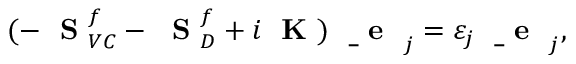
( - \mathrm { ~ \bf ~ S ~ } _ { V C } ^ { f } - \mathrm { ~ \bf ~ S ~ } _ { D } ^ { f } + i \mathrm { ~ \bf ~ K ~ } ) \mathrm { ~ \bf ~ \underline { ~ } { ~ e ~ } ~ } _ { j } = \varepsilon _ { j } \mathrm { ~ \bf ~ \underline { ~ } { ~ e ~ } ~ } _ { j } ,